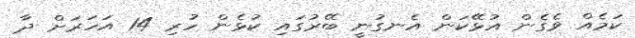
ކަމެއް ވެގެން އުޅޭކަން އެނގުނީ ބޭރުގައި ކުޅެން ހުރި 14 އަހަރަށް ދާ